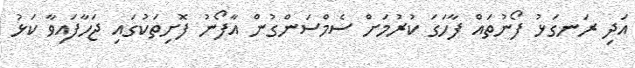
އަދި ރަނގަޅު ފޯނުތައް ފާހަގަ ކުރުމަށް ސެމްސަންގުން އާފޯނު ފޮށިތަކުގައި ޖަހާފައިވާ ކަޅު